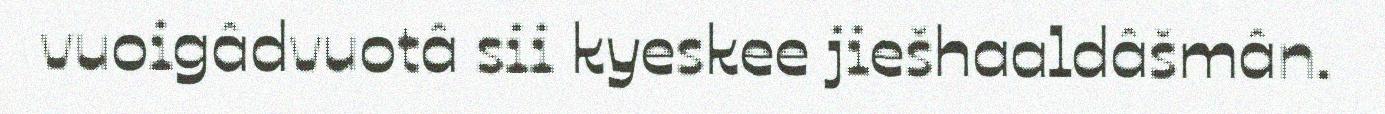
vuoigâdvuotâ sii kyeskee jiešhaaldâšmân.